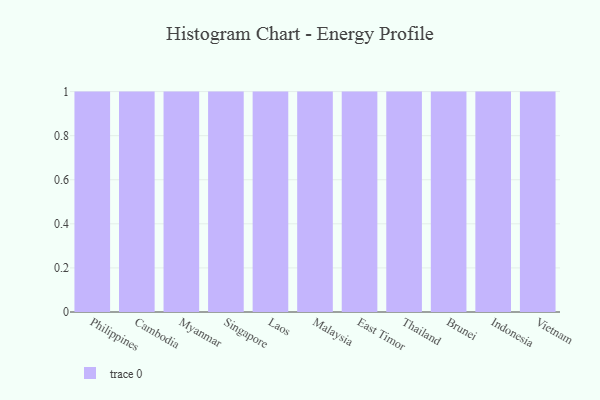
{"axis": {"x": "Country", "y": "Budget (USD K)"}, "legend": [""], "data": [{"x": "Philippines", "y": 66, "type": ""}, {"x": "Cambodia", "y": 68, "type": ""}, {"x": "Myanmar", "y": 53, "type": ""}, {"x": "Singapore", "y": 97, "type": ""}, {"x": "Laos", "y": 23, "type": ""}, {"x": "Malaysia", "y": 66, "type": ""}, {"x": "East Timor", "y": 61, "type": ""}, {"x": "Thailand", "y": 14, "type": ""}, {"x": "Brunei", "y": 91, "type": ""}, {"x": "Indonesia", "y": 1, "type": ""}, {"x": "Vietnam", "y": 51, "type": ""}]}